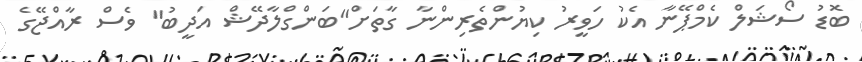
ބޮޑު ސޯޝަލް ކެމްޕޭނާ އެކު ހަވީރު ކިޔުންތެރިންނާ ގާތަށް"ބަންގްލާދޭޝް އަދީބު" ވެސް ރާއްޖޭގެ